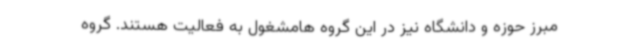
مبرز حوزه و دانشگاه نیز در این گروه هامشغول به فعالیت هستند. گروه